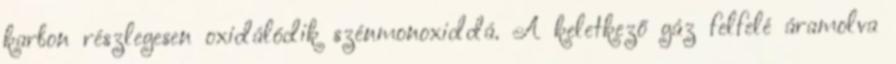
karbon részlegesen oxidálódik szénmonoxiddá. A keletkező gáz felfelé áramolva